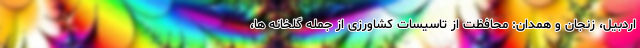
اردبیل، زنجان و همدان: محافظت از تاسیسات کشاورزی از جمله گلخانه ها،